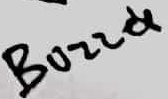
Text: Buzzer